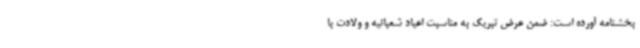
بخشنامه آورده است: ضمن عرض تبریک به مناسبت اعیاد شعبانیه و ولادت با